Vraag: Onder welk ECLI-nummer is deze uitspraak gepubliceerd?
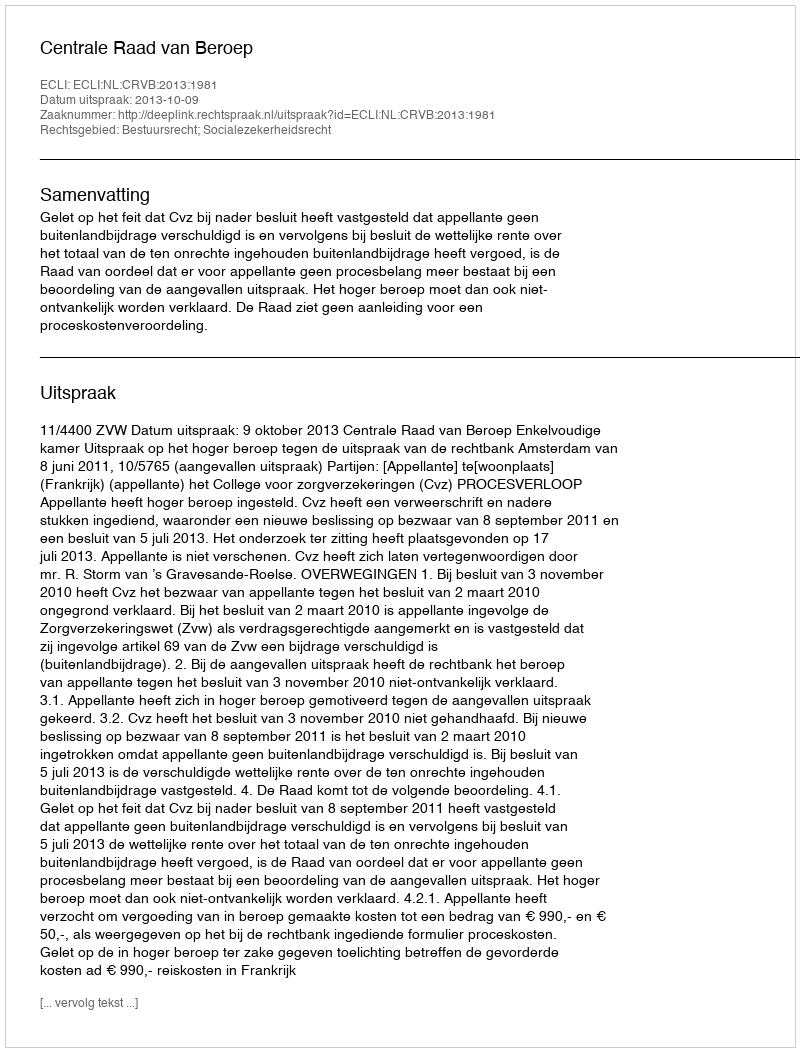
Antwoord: ECLI:NL:CRVB:2013:1981